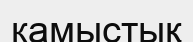
камыстық